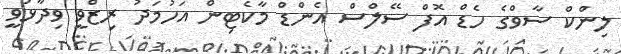
ލިންކް ސާވްގެ ހެޑް އޮފް ސޭލްސް އެންޑް މާކެޓިން އަހުމަދު ރިޒްވީ ވިދާޅުވީ